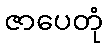
ဇာပေတုံ